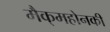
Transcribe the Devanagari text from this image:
मैक्‌महोनकी